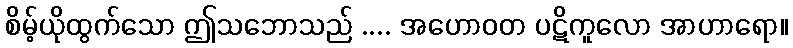
စိမ့်ယိုထွက်သော ဤသဘောသည် .... အဟောဝတ ပဋိကူလော အာဟာရော။